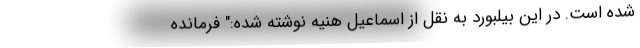
شده است. در این بیلبورد به نقل از اسماعیل هنیه نوشته شده:" فرمانده